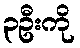
၃ဦးကို